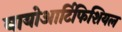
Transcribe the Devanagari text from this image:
बायोआर्टिफिशियल